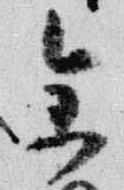
参